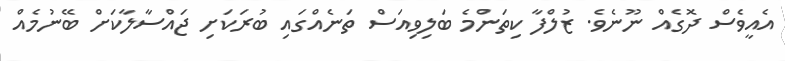
އެއީވެސް ދޮގެއް ނޫނެވެ. ޒުލްފާ ކިތަންމެ ބަލިވިއަސް ތަނެއްގައި ބުރަކަށި ޖައްސާލާކަށް ބޭނުމެއް